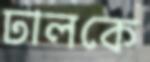
ঢালকে